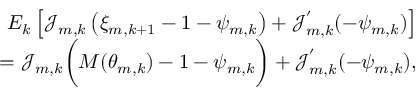
\begin{array} { r } { E _ { k } \left[ \mathcal { J } _ { m , k } \left( \xi _ { m , k + 1 } - 1 - \psi _ { m , k } \right) + \mathcal { J } _ { m , k } ^ { ' } ( - \psi _ { m , k } ) \right] } \\ { = \mathcal { J } _ { m , k } \bigg ( { \cal M } ( \theta _ { m , k } ) - 1 - { \psi } _ { m , k } \bigg ) + \mathcal { J } _ { m , k } ^ { ' } ( - { \psi } _ { m , k } ) , } \end{array}